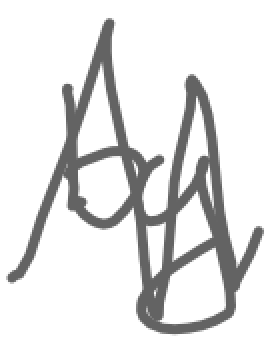
Text: by
Cross-out: zig-zag
Writing tool: digital_gray